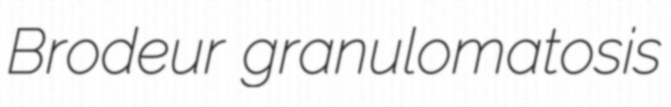
Brodeur granulomatosis